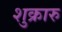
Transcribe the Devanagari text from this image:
शुक्रारु